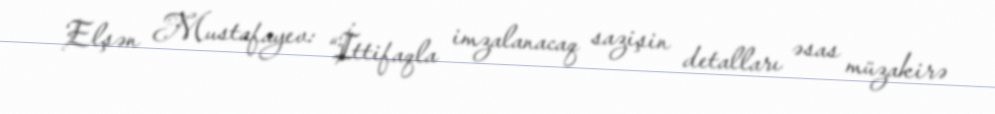
Elşən Mustafayev: “İttifaqla imzalanacaq sazişin detalları əsas müzakirə